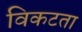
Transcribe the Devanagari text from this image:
विकटता